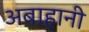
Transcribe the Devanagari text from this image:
अबाहानी